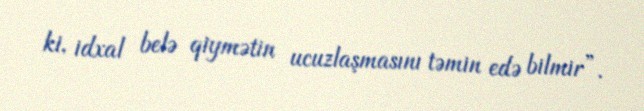
ki, idxal belə qiymətin ucuzlaşmasını təmin edə bilmir”.